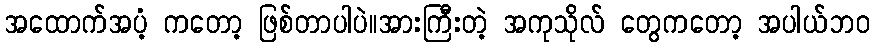
အထောက်အပံ့ ကတော့ ဖြစ်တာပါပဲ။အားကြီးတဲ့ အကုသိုလ် တွေကတော့ အပါယ်ဘဝ